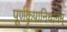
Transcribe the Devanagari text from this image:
पूर्णकृपानिधानम्